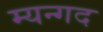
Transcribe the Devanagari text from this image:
म्यन्गद